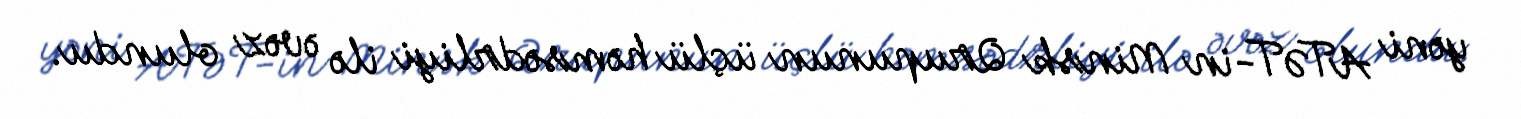
yəni ATƏT-in Minsk Qrupunun üçlü həmsədrliyi ilə əvəz olundu.